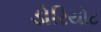
ડોરિયોટ